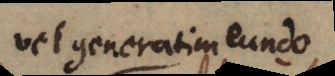
vel generatim eundo